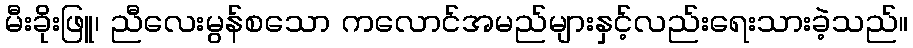
မီးခိုးဖြူ၊ ညီလေးမွန်စသော ကလောင်အမည်များနှင့်လည်းရေးသားခဲ့သည်။